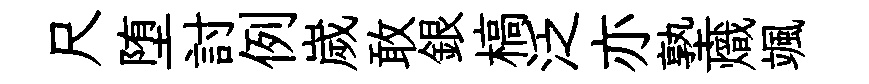
尺堕討例嵗敢銀槁泛亦塾熾颯